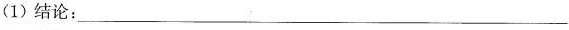
(1)结论：___